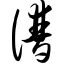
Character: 谱